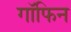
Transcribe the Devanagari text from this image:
गॉफिन